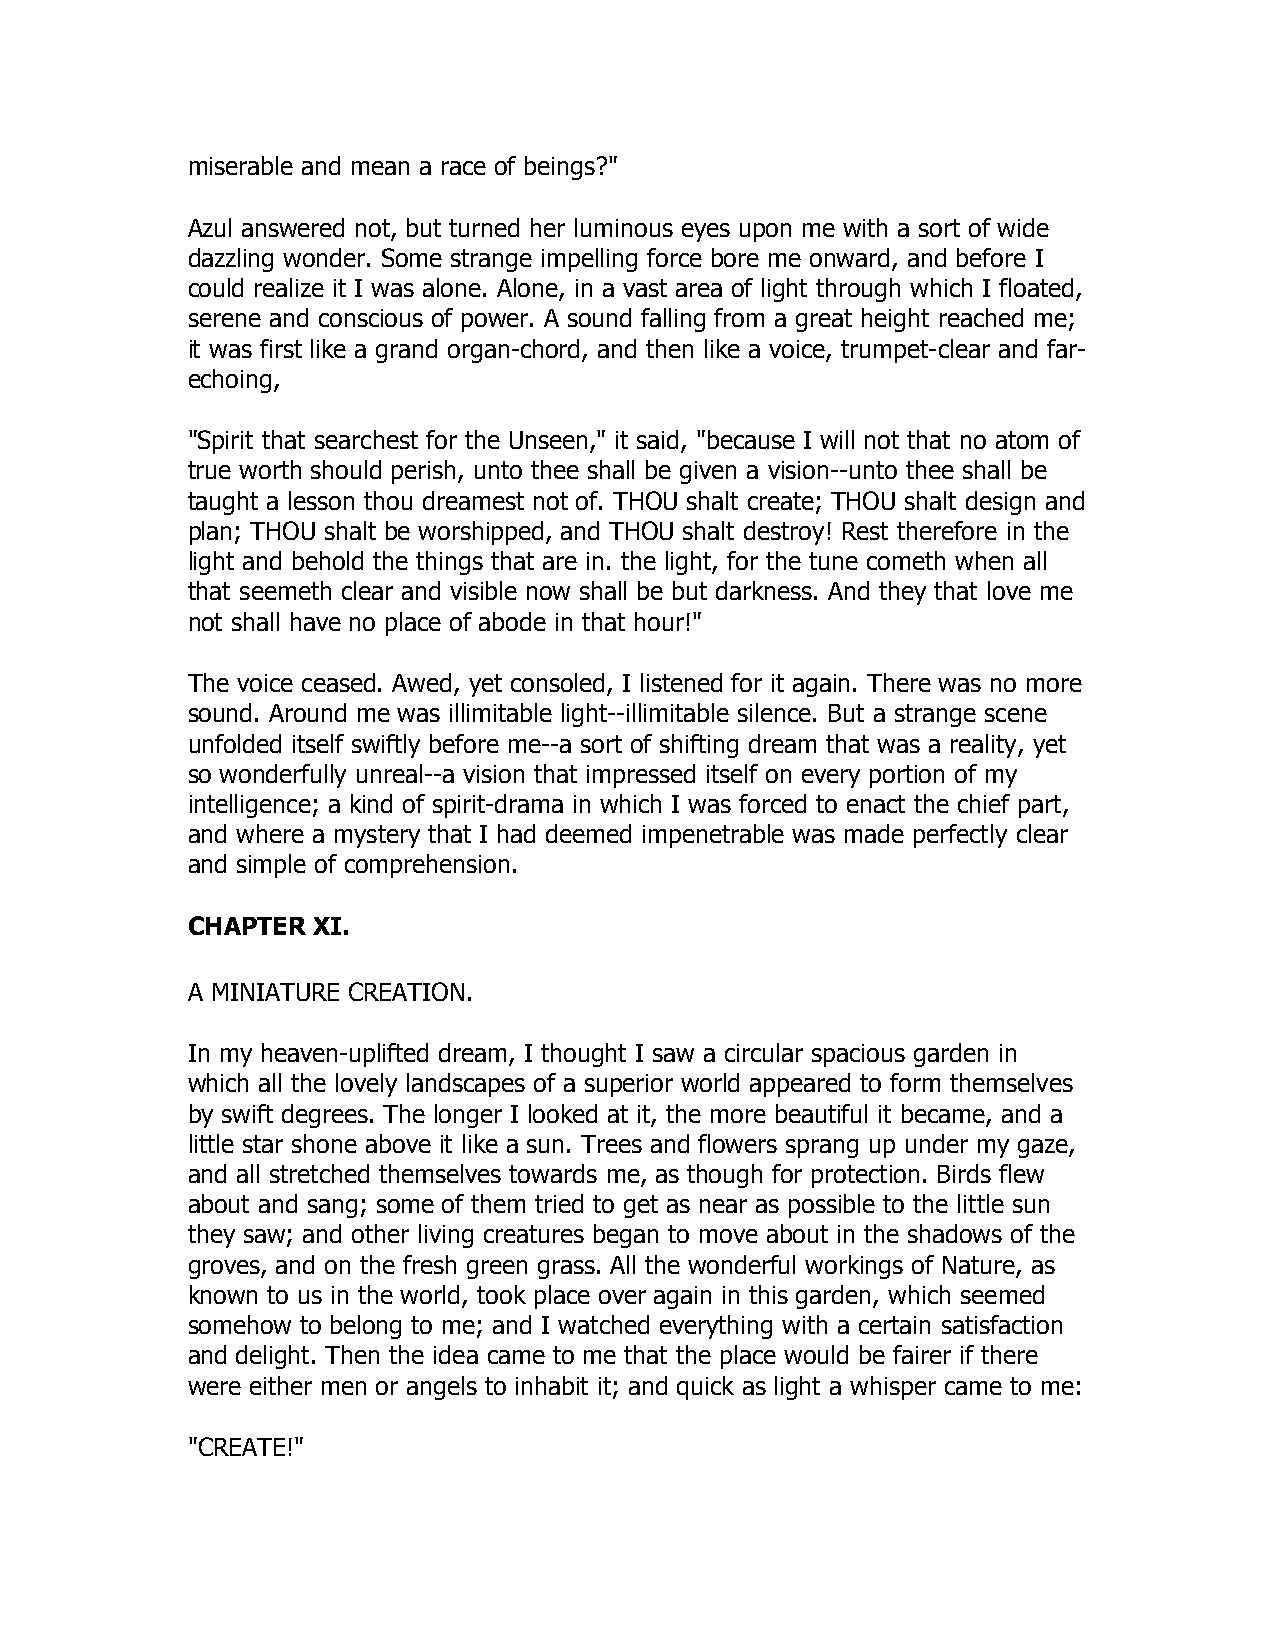
miserable and mean a race of beings?"
 Azul answered not, but turned her luminous eyes upon me with a sort of wide
 dazzling wonder. Some strange impelling force bore me onward, and before I
 could realize it I was alone. Alone, in a vast area of light through which I floated,
 serene and conscious of power. A sound falling from a great height reached me;
 it was first like a grand organ-chord, and then like a voice, trumpet-clear and far-
 echoing,
 "Spirit that searchest for the Unseen," it said, "because I will not that no atom of
 true worth should perish, unto thee shall be given a vision--unto thee shall be
 taught a lesson thou dreamest not of. THOU shalt create; THOU shalt design and
 plan; THOU shalt be worshipped, and THOU shalt destroy! Rest therefore in the
 light and behold the things that are in. the light, for the tune cometh when all
 that seemeth clear and visible now shall be but darkness. And they that love me
 not shall have no place of abode in that hour!"
 The voice ceased. Awed, yet consoled, I listened for it again. There was no more
 sound. Around me was illimitable light--illimitable silence. But a strange scene
 unfolded itself swiftly before me--a sort of shifting dream that was a reality, yet
 so wonderfully unreal--a vision that impressed itself on every portion of my
 intelligence; a kind of spirit-drama in which I was forced to enact the chief part,
 and where a mystery that I had deemed impenetrable was made perfectly clear
 and simple of comprehension.
 CHAPTER  XI.
 A MINIATURE CREATION.
 In my heaven-uplifted dream, I thought I saw a circular spacious garden in
 which all the lovely landscapes of a superior world appeared to form themselves
 by swift degrees. The longer I looked at it, the more beautiful it became, and a
 little star shone above it like a sun. Trees and flowers sprang up under my gaze,
 and all stretched themselves towards me, as though for protection. Birds flew
 about and sang; some of them tried to get as near as possible to the little sun
 they saw; and other living creatures began to move about in the shadows of the
 groves, and on the fresh green grass. All the wonderful workings of Nature, as
 known to us in the world, took place over again in this garden, which seemed
 somehow to belong to me; and I watched everything with a certain satisfaction
 and delight. Then the idea came to me that the place would be fairer if there
 were either men or angels to inhabit it; and quick as light a whisper came to me:
 "CREATE!"